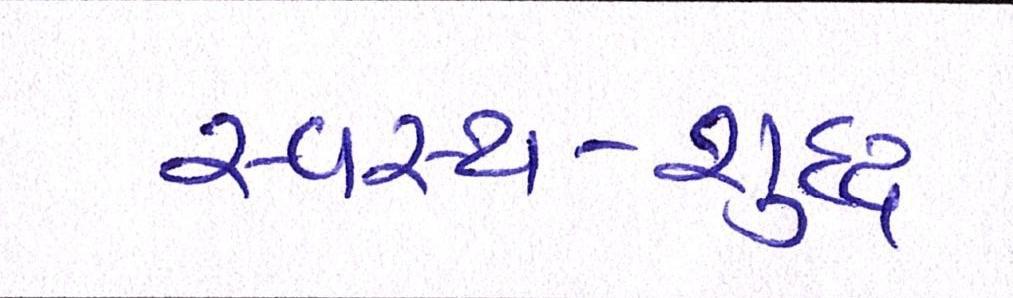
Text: સ્વસ્થ-શુદ્ધ